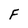
Character: F